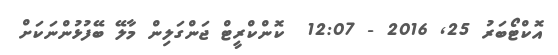
އޮކްޓޯބަރު 25